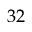
3 2